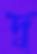
দ্ব